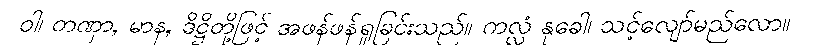
ဝါ၊ တဏှာ, မာန, ဒိဋ္ဌိတို့ဖြင့် အဖန်ဖန်ရှုခြင်းသည်။ ကလ္လံ နုခေါ၊ သင့်လျော်မည်လော။